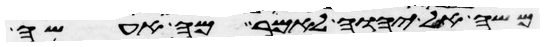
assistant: משה אל יהוה לאמר מה אעשה